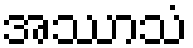
အဿာသံ